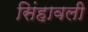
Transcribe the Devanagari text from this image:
सिंहावली